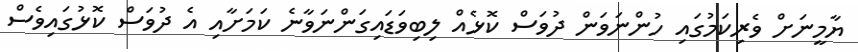
ޔާމީނަށް ވެރިކަމުގައި ހުންނަވަން ދުވަސް ކޮޅެއް ލިބިވަޑައިގަންނަވާނެ ކަމަށާއި އެ ދުވަސް ކޮޅުގައިވެސް